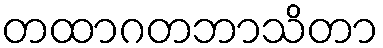
တထာဂတဘာသိတာ